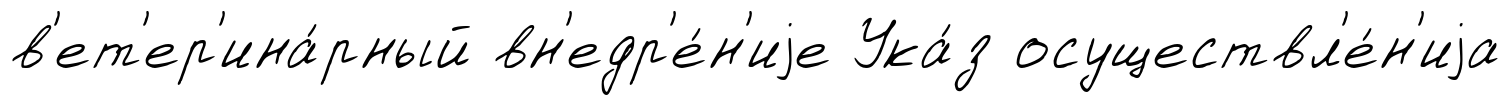
в'ет'ер'ина́рный вн'едр'е́н'иjе Ука́з осуществл'е́н'иjа